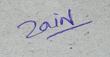
Signature authenticity: genuine